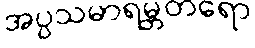
အပ္ပသမာရမ္ဘတရော